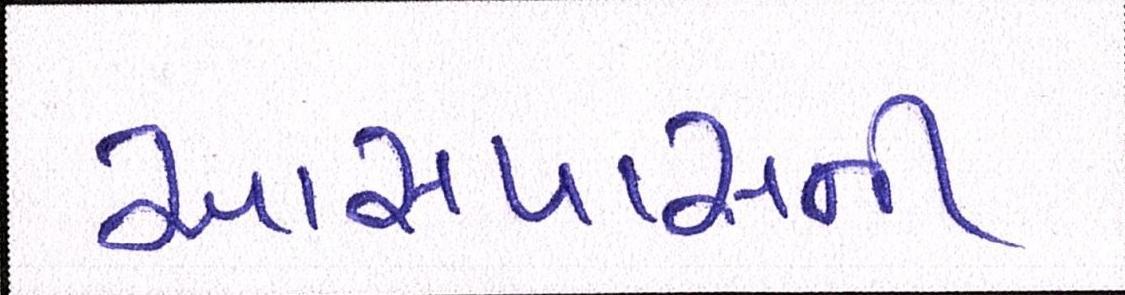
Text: આસપાસની